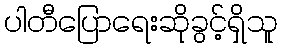
ပါတီပြောရေးဆိုခွင့်ရှိသူ